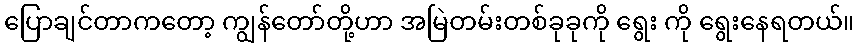
ပြောချင်တာကတော့ ကျွန်တော်တို့ဟာ အမြဲတမ်းတစ်ခုခုကို ရွေး ကို ရွေးနေရတယ်။